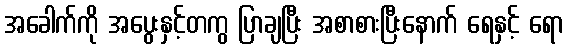
အခေါက်ကို အပွေးနှင့်တကွ ပြာချပြီး အစာစားပြီးနောက် ရေနှင့် ရော